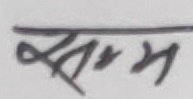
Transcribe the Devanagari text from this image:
सम